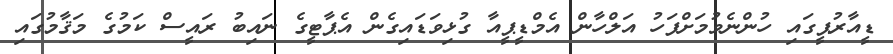
ޑީއާރުޕީގައި ހުންނެވުމަށްފަހު އަލްހާން އެމްޑީޕީއާ ގުޅިވަޑައިގެން އެޕާޓީގެ ނައިބު ރައީސް ކަމުގެ މަޤާމުގައި